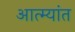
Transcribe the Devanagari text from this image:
आत्म्यांत